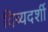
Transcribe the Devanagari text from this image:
दिव्‍यदर्शी